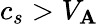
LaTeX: c_{s}>V_{\mathbf{A}}